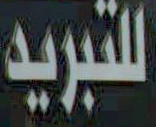
للتبريد